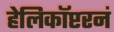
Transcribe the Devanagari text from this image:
हेलिकॉप्टरनं